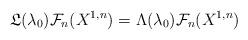
LaTeX: \begin{align*}\mathfrak{L}(\lambda_0) \mathcal{F}_n (X^{1,n}) = \Lambda(\lambda_0) \mathcal{F}_n (X^{1,n})\end{align*}